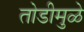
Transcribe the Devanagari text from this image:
तोडीमुळे